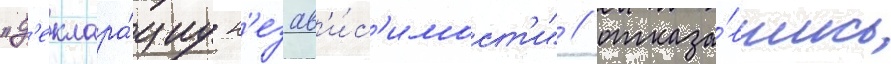
"д'еклара́циу н'езав'и́с'имост'и" / отказа́вшись